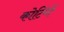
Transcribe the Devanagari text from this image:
कोटिंगें